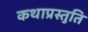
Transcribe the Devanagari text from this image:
कथाप्रस्तुति